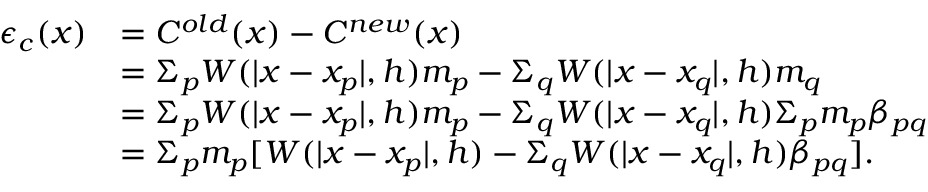
\begin{array} { r l } { \epsilon _ { c } ( x ) } & { = C ^ { o l d } ( x ) - C ^ { n e w } ( x ) } \\ & { = \Sigma _ { p } { W ( | x - x _ { p } | , h ) m _ { p } } - \Sigma _ { q } { W ( | x - x _ { q } | , h ) m _ { q } } } \\ & { = \Sigma _ { p } { W ( | x - x _ { p } | , h ) m _ { p } } - \Sigma _ { q } { W ( | x - x _ { q } | , h ) \Sigma _ { p } { m _ { p } \beta _ { p q } } } } \\ & { = \Sigma _ { p } { m _ { p } [ W ( | x - x _ { p } | , h ) - \Sigma _ { q } { W ( | x - x _ { q } | , h ) \beta _ { p q } } ] } . } \end{array}